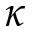
\kappa